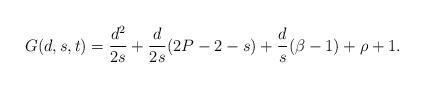
LaTeX: \begin{align*}G(d,s,t)=\frac{d^2}{2s}+\frac{d}{2s}(2P-2-s)+\frac{d}{s}(\beta-1)+\rho+1.\end{align*}